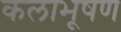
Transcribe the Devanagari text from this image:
कलाभूषण